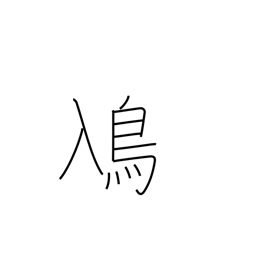
Meaning: grebe